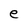
Character: e